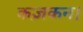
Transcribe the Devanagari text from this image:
कज़कन।